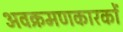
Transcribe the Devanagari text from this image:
अवक्रमणकारकों